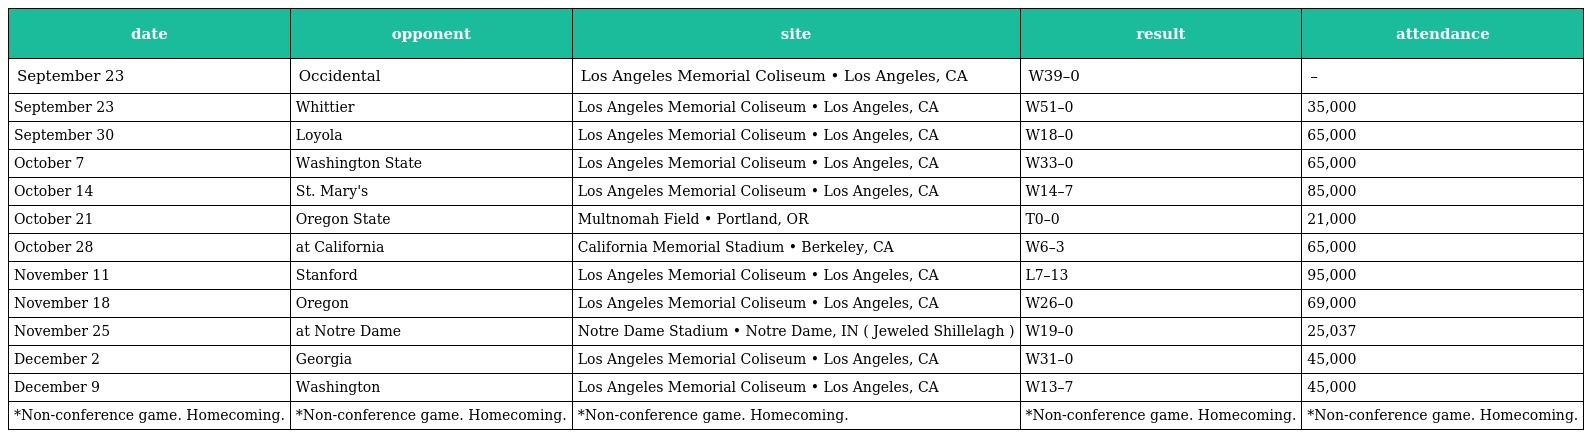
| date | opponent | site | result | attendance |
 | --- | --- | --- | --- | --- |
 | September 23 | Occidental | Los Angeles Memorial Coliseum • Los Angeles, CA | W39–0 | – |
 | September 23 | Whittier | Los Angeles Memorial Coliseum • Los Angeles, CA | W51–0 | 35,000 |
 | September 30 | Loyola | Los Angeles Memorial Coliseum • Los Angeles, CA | W18–0 | 65,000 |
 | October 7 | Washington State | Los Angeles Memorial Coliseum • Los Angeles, CA | W33–0 | 65,000 |
 | October 14 | St. Mary's | Los Angeles Memorial Coliseum • Los Angeles, CA | W14–7 | 85,000 |
 | October 21 | Oregon State | Multnomah Field • Portland, OR | T0–0 | 21,000 |
 | October 28 | at California | California Memorial Stadium • Berkeley, CA | W6–3 | 65,000 |
 | November 11 | Stanford | Los Angeles Memorial Coliseum • Los Angeles, CA | L7–13 | 95,000 |
 | November 18 | Oregon | Los Angeles Memorial Coliseum • Los Angeles, CA | W26–0 | 69,000 |
 | November 25 | at Notre Dame | Notre Dame Stadium • Notre Dame, IN ( Jeweled Shillelagh ) | W19–0 | 25,037 |
 | December 2 | Georgia | Los Angeles Memorial Coliseum • Los Angeles, CA | W31–0 | 45,000 |
 | December 9 | Washington | Los Angeles Memorial Coliseum • Los Angeles, CA | W13–7 | 45,000 |
 | *Non-conference game. Homecoming. | *Non-conference game. Homecoming. | *Non-conference game. Homecoming. | *Non-conference game. Homecoming. | *Non-conference game. Homecoming. |